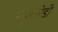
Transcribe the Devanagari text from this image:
न्युमोरिडी